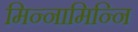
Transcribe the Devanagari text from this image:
मिन्नामिन्नि